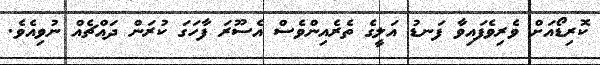
ކޮރިޑޯއަށް ވެރިވެފައިވާ ފަނޑު އަލީގެ ތެރެއިންވެސް އެސޫރަ ފާހަގަ ކުރަން ދައްޗެއް ނުވިއެވެ.